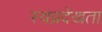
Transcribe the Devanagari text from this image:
स्वप्नदेखता